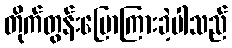
တိုက်တွန်းပြောကြားခဲ့ပါသည်